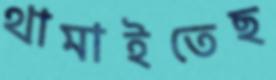
থামাইতেছ